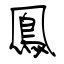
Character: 鳯